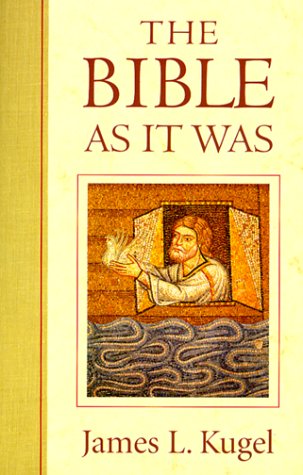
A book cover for The Bible As It Was; James L. Kugel; Christian Books & Bibles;